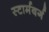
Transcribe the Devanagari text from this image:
स्टार्मबर्ग